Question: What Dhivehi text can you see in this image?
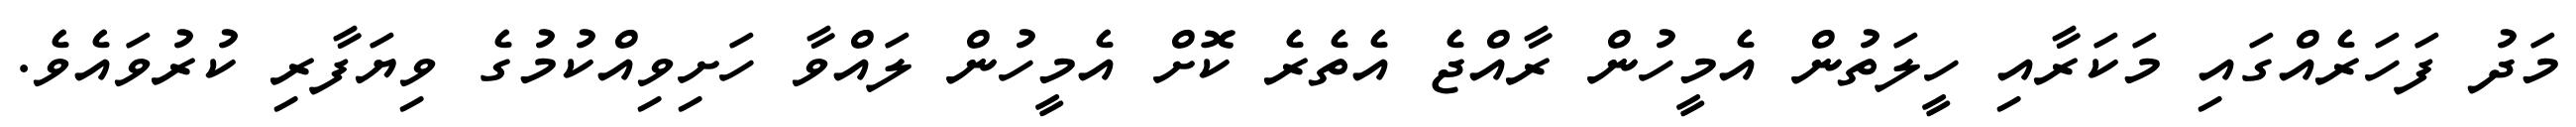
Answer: މަދު ފަހަރެއްގައި މަކަރާއި ހީލަތުން އެމީހުން ރާއްޖެ އެތެރެ ކޮށް އެމީހުން ލައްވާ ހަށިވިއްކުމުގެ ވިޔަފާރި ކުރުވައެވެ.